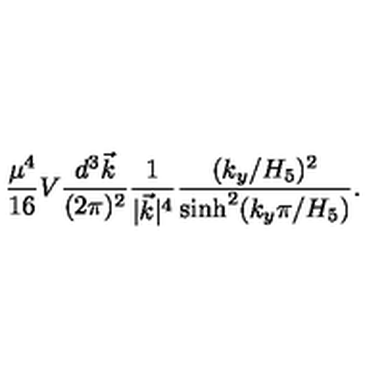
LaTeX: { \frac { \mu ^ { 4 } } { 1 6 } } V { \frac { d ^ { 3 } \vec { k } } { ( 2 \pi ) ^ { 2 } } } { \frac { 1 } { | \vec { k } | ^ { 4 } } } { \frac { ( k _ { y } / H _ { 5 } ) ^ { 2 } } { \mathrm { s i n h } ^ { 2 } ( k _ { y } \pi / H _ { 5 } ) } } .